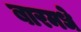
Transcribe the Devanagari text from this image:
बारमधे